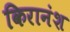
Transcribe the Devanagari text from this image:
किरानंश